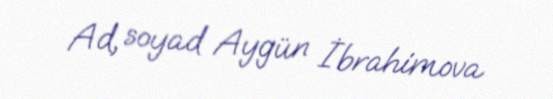
Ad, soyad Aygün İbrahimova